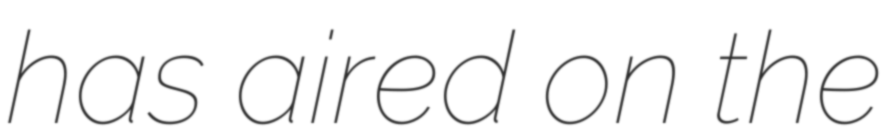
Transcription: has aired on the